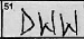
Transcription: DWW